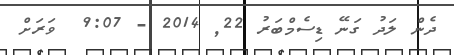
ދެން ލަދު ގަނޭ ޑިސެމްބަރު 22